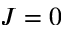
J = 0